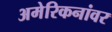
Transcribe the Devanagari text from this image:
अमेरिकनांवर